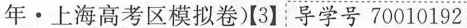
年·上海高考区模拟卷)【3】导学号70010192